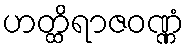
ဟတ္ထိရာဇဝဏ္ဏံ